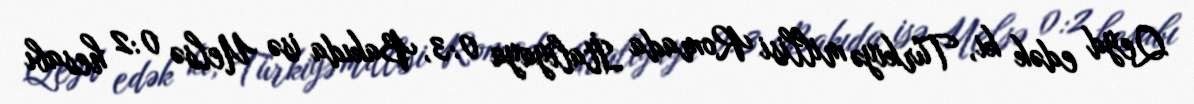
Qeyd edək ki, Türkiyə millisi Romada İtaliyaya 0:3, Bakıda isə Uelsə 0:2 hesabı